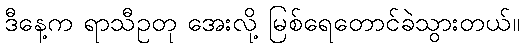
ဒီနေ့က ရာသီဥတု အေးလို့ မြစ်ရေတောင်ခဲသွားတယ်။